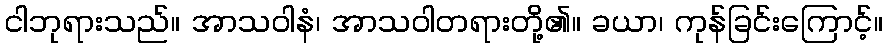
ငါဘုရားသည်။ အာသဝါနံ၊ အာသဝါတရားတို့၏။ ခယာ၊ ကုန်ခြင်းကြောင့်။